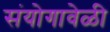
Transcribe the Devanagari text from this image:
संयोगावेळी